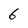
Character: 6